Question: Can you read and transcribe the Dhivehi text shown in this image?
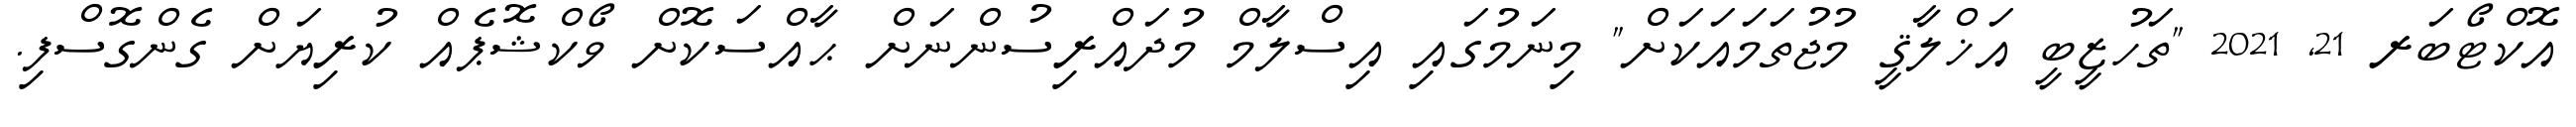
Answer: އޮކްޓޯބަރ 21, 2021 "ތަހުޒީބީ އަޚްލާޤީ މުޖުތަމައަކަށް" މިނަމުގައި އިސްލާމް މުދައްރިސުންނަށް ޙާއްސަކޮށް ވޯކްޝޮޕެއް ކުރިޔަށް ގެންގޮސްފި.